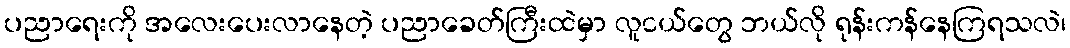
ပညာရေးကို အလေးပေးလာနေတဲ့ ပညာခေတ်ကြီးထဲမှာ လူငယ်တွေ ဘယ်လို ရုန်းကန်နေကြရသလဲ၊